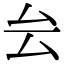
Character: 𠫛